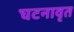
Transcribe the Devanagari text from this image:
घटनावृत